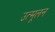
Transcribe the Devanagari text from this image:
उत्मूलन